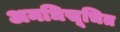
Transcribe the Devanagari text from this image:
अनधिसूचित